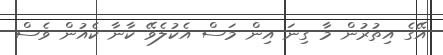
އޭގެ އިތުރުން މާ ގިނަ އިން މަސް އެކުލެވޭ ކާނާ ކެއުން ވެސް